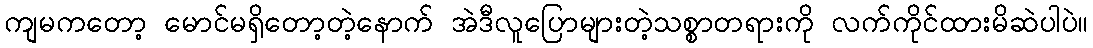
ကျမကတော့ မောင်မရှိတော့တဲ့နောက် အဲဒီလူပြောများတဲ့သစ္စာတရားကို လက်ကိုင်ထားမိဆဲပါပဲ။